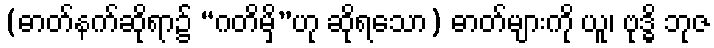
(ဓာတ်နက်ဆိုရာ၌ “ဂတိမှိ”ဟု ဆိုရသော) ဓာတ်များကို ယူ၊ ဗုဒ္ဓိ ဘုဇ